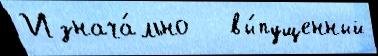
Изнача́льно   вы́пущенный